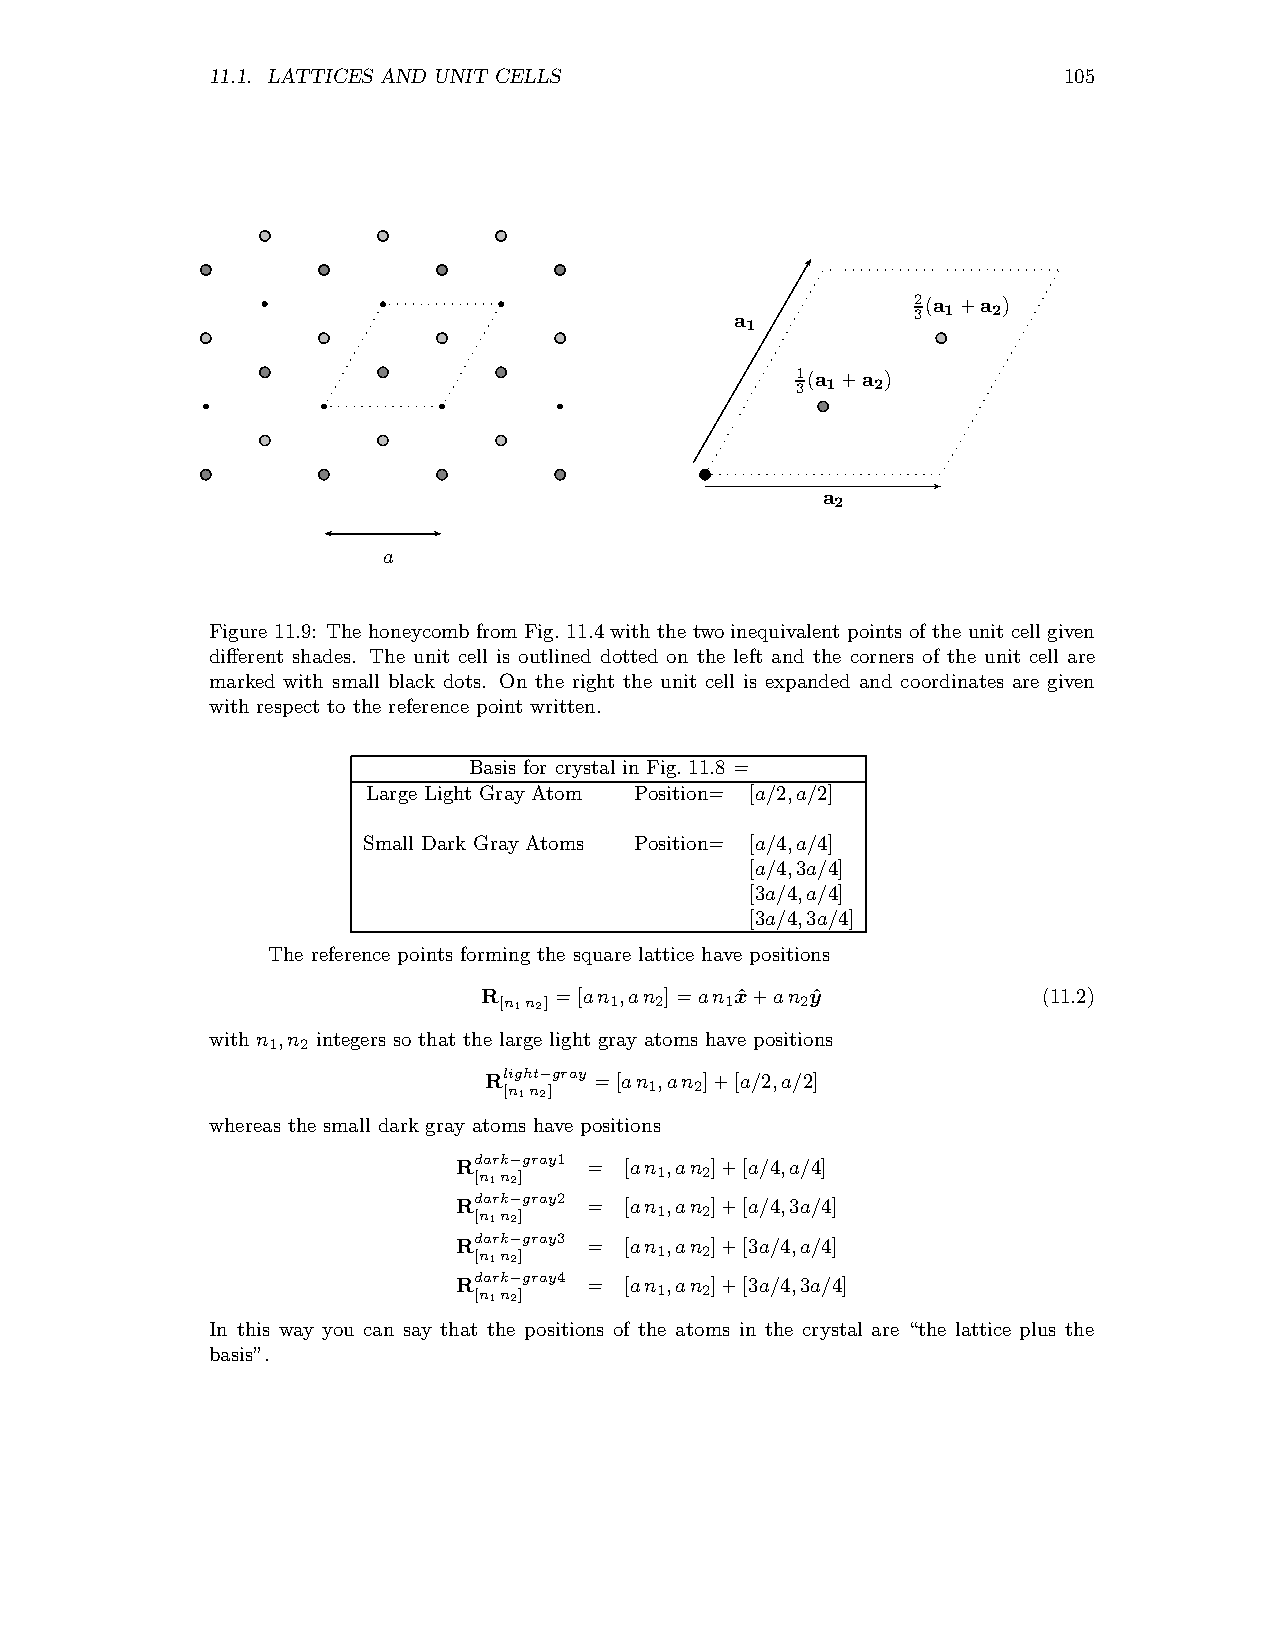
11.1. LATTICES AND UNIT CELLS                           105
 2(a +a )
 a           3 1  2
 1
 1(a +a )
 3 1  2
 a
 2
 a
 Figure 11.9: The honeycombfrom Fig. 11.4with the two inequivalent points of the unit cell given
 different shades. The unit cell is outlined dotted on the left and the corners of the unit cell are
 marked with small black dots. On the right the unit cell is expanded and coordinates are given
 with respect to the reference point written.
 Basis for crystal in Fig. 11.8 =
 Large Light Gray Atom Position= [a/2,a/2]
 Small Dark Gray Atoms Position= [a/4,a/4]
 [a/4,3a/4]
 [3a/4,a/4]
 [3a/4,3a/4]
 The reference points forming the square lattice have positions
 R    =[an ,an ]=an xˆ+an yˆ          (11.2)
 [n1n2] 1  2    1    2
 with n ,n integers so that the large light gray atoms have positions
 1 2
 Rlight−gray =[an ,an ]+[a/2,a/2]
 [n1n2]    1  2
 whereas the small dark gray atoms have positions
 Rdark−gray1 = [an ,an ]+[a/4,a/4]
 [n1n2]      1  2
 Rdark−gray2 = [an ,an ]+[a/4,3a/4]
 [n1n2]      1  2
 Rdark−gray3 = [an ,an ]+[3a/4,a/4]
 [n1n2]      1  2
 Rdark−gray4 = [an ,an ]+[3a/4,3a/4]
 [n1n2]      1  2
 In this way you can say that the positions of the atoms in the crystal are “the lattice plus the
 basis”.